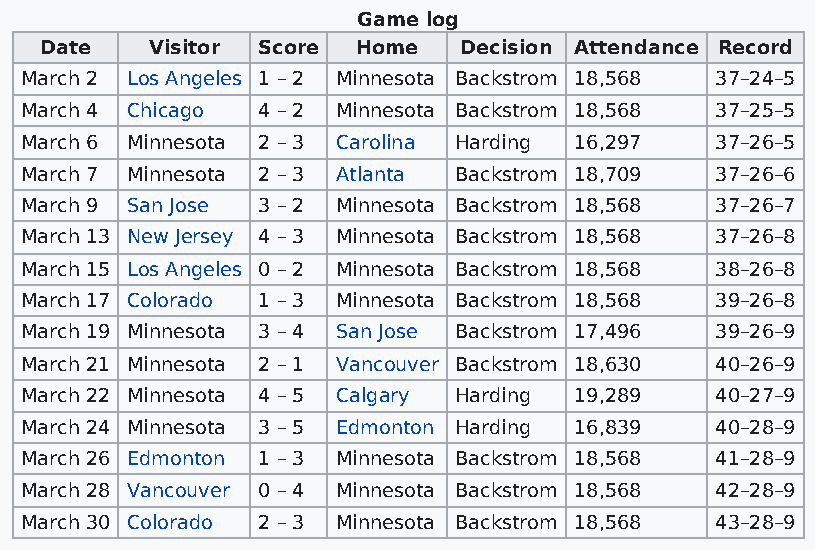
Game log
 Date   Visitor Score Home  Decision Attendance Record
 March 2 Los Angeles 1 – 2 Minnesota Backstrom 18,568 37–24–5
 March 4 Chicago 4 – 2 Minnesota Backstrom 18,568 37–25–5
 March 6 Minnesota 2 – 3 Carolina Harding 16,297 37–26–5
 March 7 Minnesota 2 – 3 Atlanta Backstrom 18,709 37–26–6
 March 9 San Jose 3 – 2 Minnesota Backstrom 18,568 37–26–7
 March 13 New Jersey 4 – 3 Minnesota Backstrom 18,568 37–26–8
 March 15 Los Angeles 0 – 2 Minnesota Backstrom 18,568 38–26–8
 March 17 Colorado 1 – 3 Minnesota Backstrom 18,568 39–26–8
 March 19 Minnesota 3 – 4 San Jose Backstrom 17,496 39–26–9
 March 21 Minnesota 2 – 1 Vancouver Backstrom 18,630 40–26–9
 March 22 Minnesota 4 – 5 Calgary Harding 19,289 40–27–9
 March 24 Minnesota 3 – 5 Edmonton Harding 16,839 40–28–9
 March 26 Edmonton 1 – 3 Minnesota Backstrom 18,568 41–28–9
 March 28 Vancouver 0 – 4 Minnesota Backstrom 18,568 42–28–9
 March 30 Colorado 2 – 3 Minnesota Backstrom 18,568 43–28–9